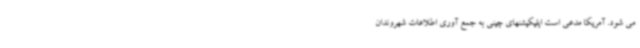
می شود. آمریکا مدعی است اپلیکیشنهای چینی به جمع آوری اطلاعات شهروندان